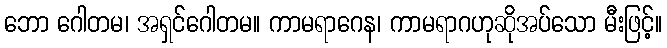
ဘော ဂေါတမ၊ အရှင်ဂေါတမ။ ကာမရာဂေန၊ ကာမရာဂဟုဆိုအပ်သော မီးဖြင့်။